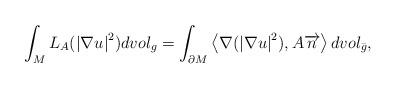
LaTeX: \begin{align*}\int_M {{L_A}({{\left| {\nabla u} \right|}^2})dvo{l_g}} = \int_{\partial M} {\left\langle {\nabla ({{\left| {\nabla u} \right|}^2}),A\overrightarrow{n}} \right\rangle dvo{l_{\bar g}}},\end{align*}